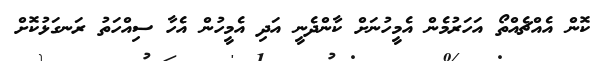
ކޮން އެއްޗެއްތޯ އަހަރުމެން އެމީހުނަށް ކާންދެނީ އަދި އެމީހުން އެހާ ސިއްހަތު ރަނގަޅުކޮށް